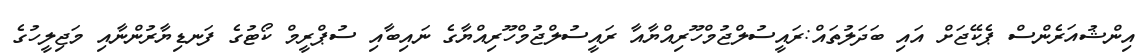
އިންޝުއަރެންސް ޕެކޭޖަށް އައި ބަދަލުތައް:ރައީސުލްޖުމްހޫރިއްޔާއާ ރައީސުލްޖުމްހޫރިއްޔާގެ ނައިބާއި ސުޕްރީމް ކޯޓުގެ ފަނޑިޔާރުންނާއި މަޖިލީހުގެ